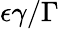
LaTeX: \epsilon\gamma/\Gamma